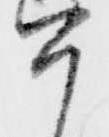
今